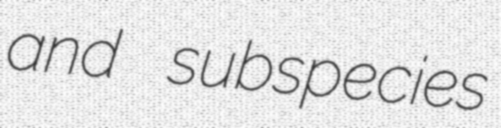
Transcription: and subspecies